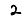
Digit: 2